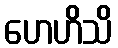
ဟေဟိသိ